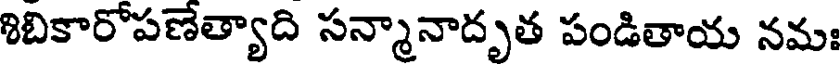
శిబికారోపణేత్యాది సన్మానాదృత పండితాయ నమః